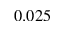
0 . 0 2 5